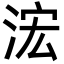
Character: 浤